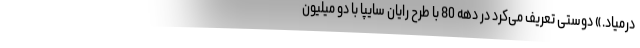
درمیاد.» دوستی تعریف می‌کرد در دهه 80 با طرح رایان سایپا با دو میلیون